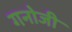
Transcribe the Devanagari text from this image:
गनोजी